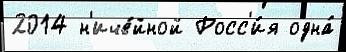
2014 н'иче́йной Росс'и́я одна́